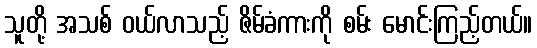
သူတို့ အသစ် ဝယ်လာသည့် ဇိမ်ခံကားကို စမ်း မောင်းကြည့်တယ်။